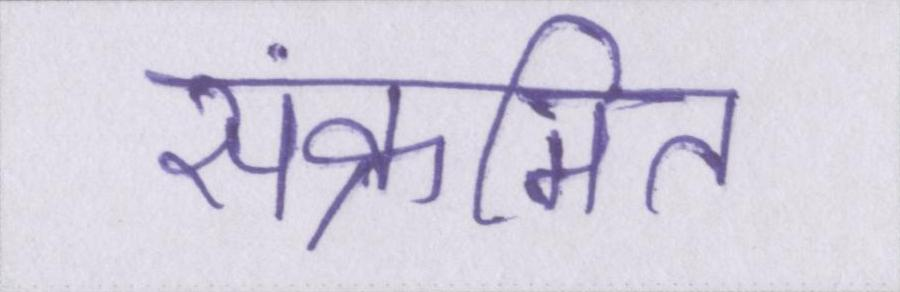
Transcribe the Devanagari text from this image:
संक्रमित